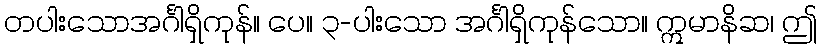
တပါးသောအင်္ဂါရှိကုန်။ ပေ။ ၃-ပါးသော အင်္ဂါရှိကုန်သော။ ဣမာနိဆ၊ ဤ